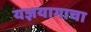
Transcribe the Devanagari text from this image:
यज्ञयागाचा